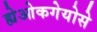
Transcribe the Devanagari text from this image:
ह्येओकगेयोसे